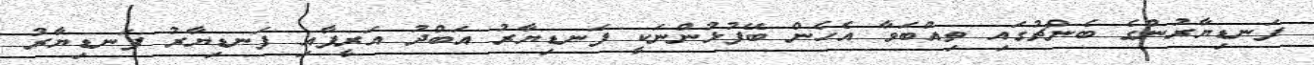
ފަނޑިޔާރުންގެ ބެންޗުގައި ތިއްބަވާ އެހެން ބޭފުޅުންނަކީ ފަނޑިޔާރު އަބްދު އަރީފާއި ފަނޑިޔާރު ފަނޑިޔާރު